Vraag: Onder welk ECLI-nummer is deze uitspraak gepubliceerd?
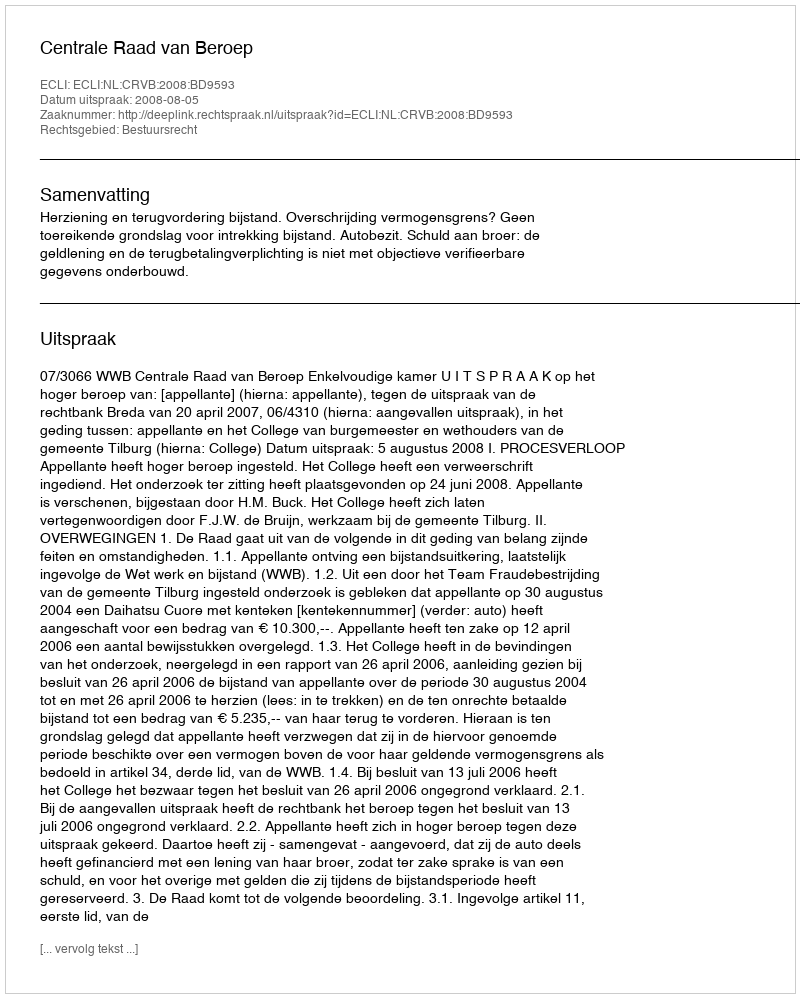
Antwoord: ECLI:NL:CRVB:2008:BD9593